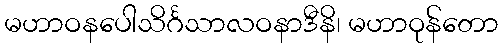
မဟာဝနပေါသိင်္ဂသာလဝနာဒီနိ၊ မဟာဝုန်တော